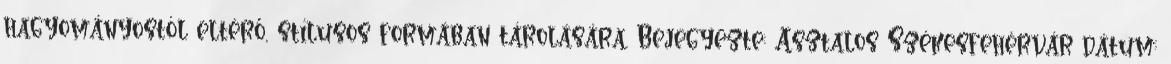
hagyományostól eltérő, stílusos formában tárolására. Bejegyezte: Asztalos Székesfehérvár dátum: